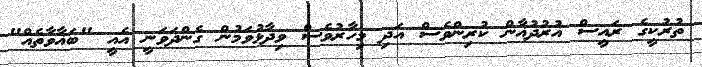
ތުރުކީގެ ރައީސް އުރުދުޣާން ކުރިންވެސް އަދި މިހާރުވެސް ވިދާޅުވަމުން ގެންދަވަނީ އެއީ "ބަޣާވާތެއް"